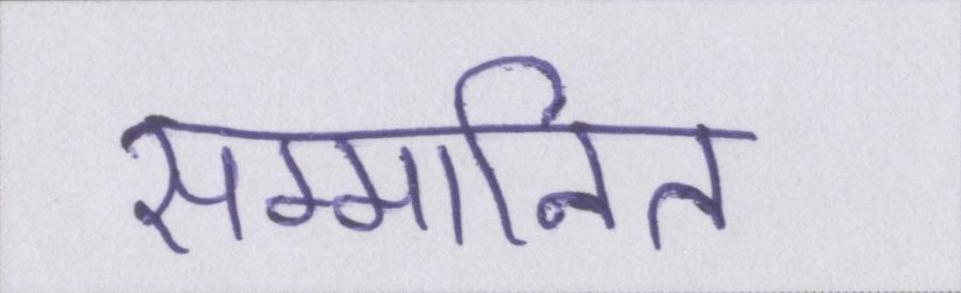
सम्मानित